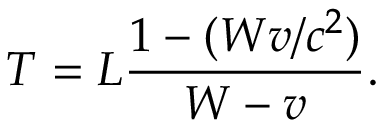
T = L { \frac { 1 - ( W v / c ^ { 2 } ) } { W - v } } .